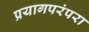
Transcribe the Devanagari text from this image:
प्रयागपरंपरा